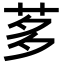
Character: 茤